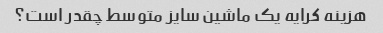
هزینه کرایه یک ماشین سایز متوسط ​​چقدر است؟